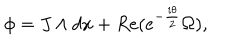
\phi = J \wedge d x + R e ( e ^ { - { \frac { i \theta } { 2 } } } \Omega ) ,